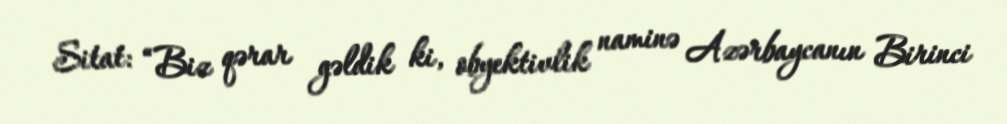
Sitat: “Biz qərar gəldik ki, obyektivlik naminə Azərbaycanın Birinci